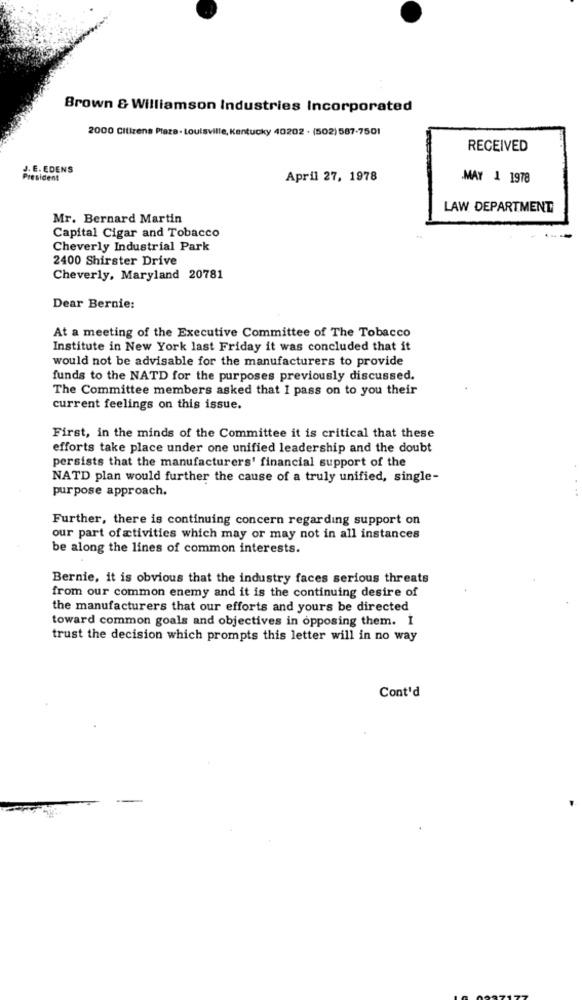
Brown & Williamson Industries Incorporated
2000 Citizens Plaza - Louisville, Kentucky 40202 · (502) 587-7501
RECEIVED
J. E. EDENS
President
April 27, 1978
.MAY 1 1978
LAW DEPARTMENT
Mr. Bernard Martin
Capital Cigar and Tobacco
Cheverly Industrial Park
2400 Shirster Drive
Cheverly, Maryland 20781
Dear Bernie:
At a meeting of the Executive Committee of The Tobacco
Institute in New York last Friday it was concluded that it
would not be advisable for the manufacturers to provide
funds to the NATD for the purposes previously discussed.
The Committee members asked that I pass on to you their
current feelings on this issue.
First, in the minds of the Committee it is critical that these
efforts take place under one unified leadership and the doubt
persists that the manufacturers' financial support of the
NATD plan would further the cause of a truly unified, single-
purpose approach.
Further, there is continuing concern regarding support on
our part of activities which may or may not in all instances
be along the lines of common interests.
Bernie, it is obvious that the industry faces serious threats
from our common enemy and it is the continuing desire of
the manufacturers that our efforts and yours be directed
toward common goals and objectives in opposing them. I
trust the decision which prompts this letter will in no way
Cont'd